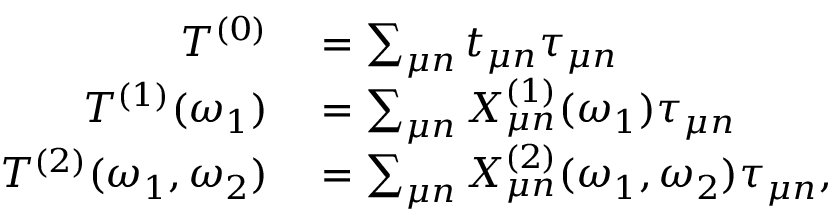
\begin{array} { r l } { T ^ { ( 0 ) } } & { { } = \sum _ { \mu n } t _ { \mu n } \tau _ { \mu n } } \\ { T ^ { ( 1 ) } ( \omega _ { 1 } ) } & { { } = \sum _ { \mu n } X _ { \mu n } ^ { ( 1 ) } ( \omega _ { 1 } ) \tau _ { \mu n } } \\ { T ^ { ( 2 ) } ( \omega _ { 1 } , \omega _ { 2 } ) } & { { } = \sum _ { \mu n } X _ { \mu n } ^ { ( 2 ) } ( \omega _ { 1 } , \omega _ { 2 } ) \tau _ { \mu n } , } \end{array}